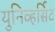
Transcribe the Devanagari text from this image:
युनिव्हर्सिट